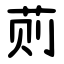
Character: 荝